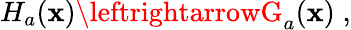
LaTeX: H_{a}(\mathbf{x})\leftrightarrowG_{a}(\mathbf{x})\; ,